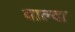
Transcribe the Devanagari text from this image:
वाल्दा